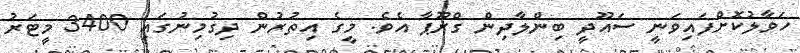
ހަވާލުކޮށްފައިވަނީ ސައޫދީ ބިންލާދިން ގްރޫޕާ އެވެ. މީގެ އިތުރުން ދިގުމިނުގައި 3400 މީޓަރު